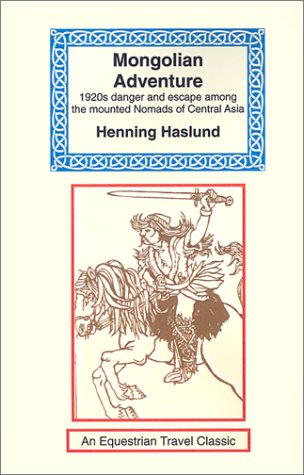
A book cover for Mongolian Adventure: 1920s Danger and Escape Among the Mounted Nomads of Central Asia (Equestrian Travel Classics); Henning Haslund; Travel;